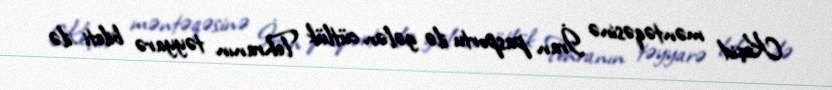
Keçid məntəqəsinə İran pasportu ilə gələn cütlük Tehranın təyyarə bileti ilə